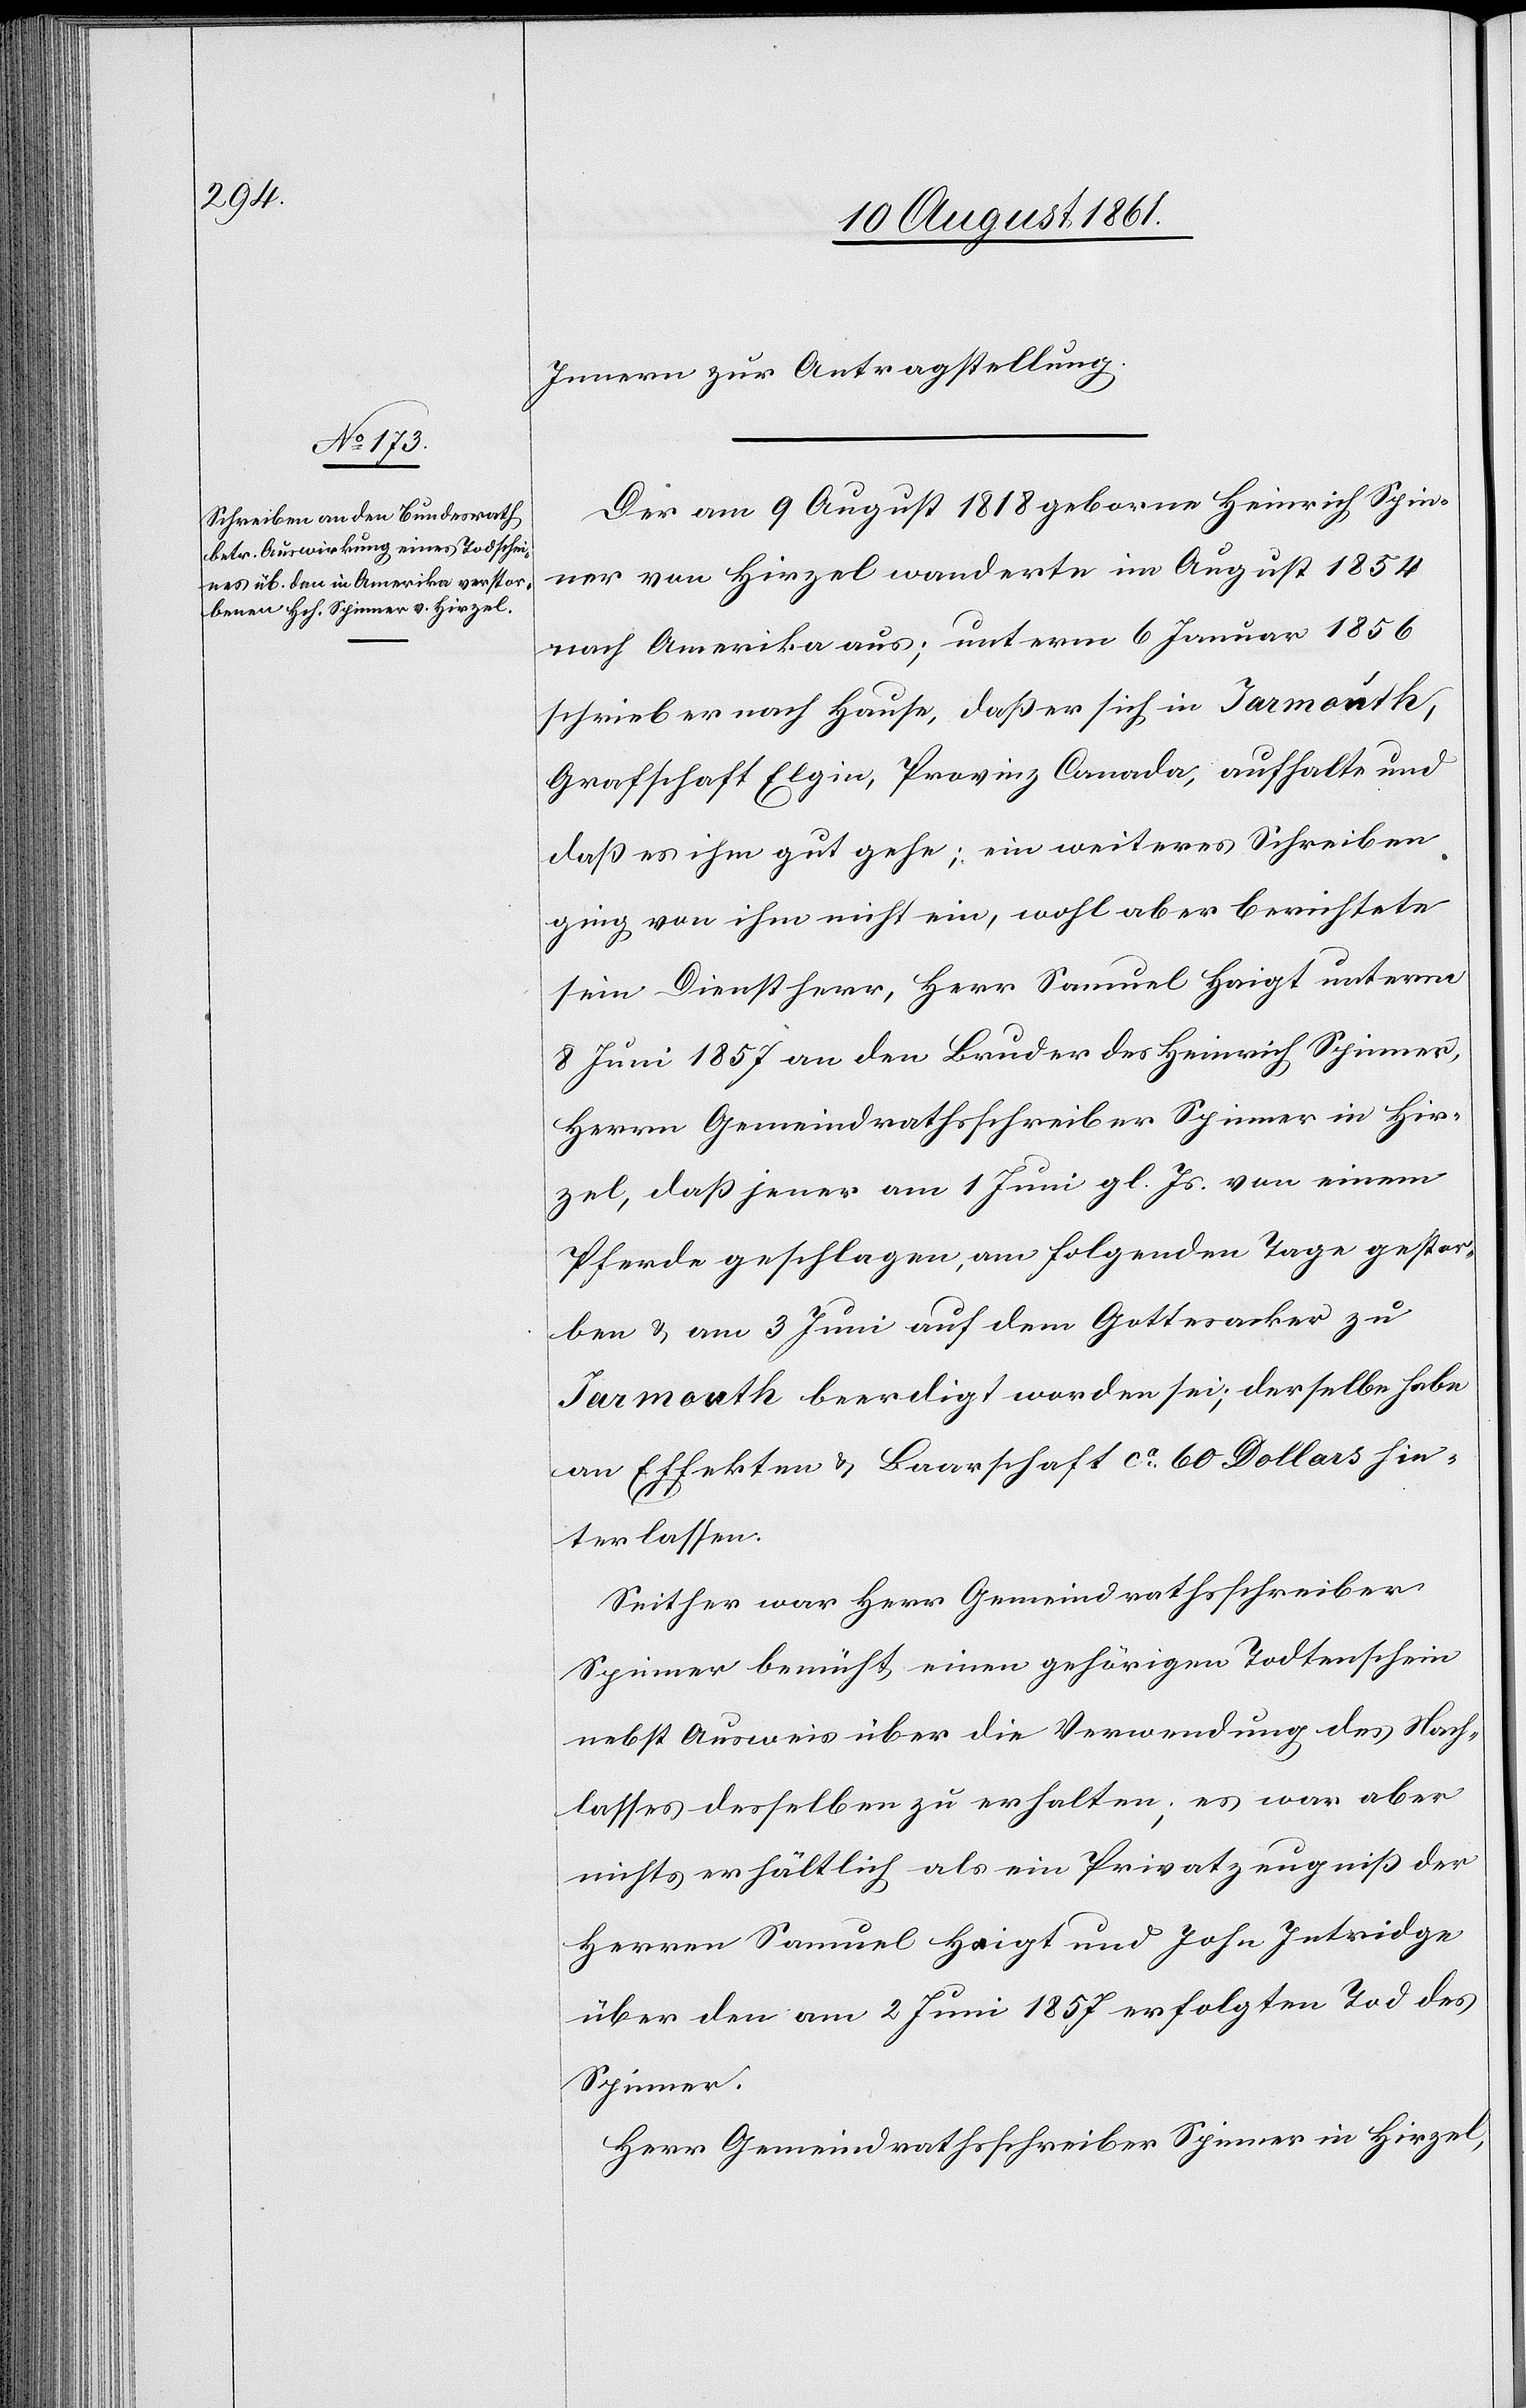
15 August 1861.]
Innern zur Antragstellung.
Der am 9 August 1818 geborne Heinrich Spin¬
ner von Hirzel wanderte im August 1854
nach Amerika aus; unterm 6 Januar 1856
schrieb er nach Hause, daß er sich in Jarmouth,
Grafschaft Elgin, Provinz Canada, aufhalte und
daß es ihm gut gehe, ein weiteres Schreiben
ging von ihm nicht ein, wohl aber berichtete
sein Dienstherr, Herr Samuel Haigt unterm
8 Juni 1857 an den Bruder des Heinrich Spinner,
Herrn Gemeindrathsschreiber Spinner in Hir¬
zel, daß jener am 1 Juni gl. Js. von einem
Pferde geschlagen, am folgenden Tage gestor¬
ben u. am 3 Juni auf dem Gottesacker zu
Jarmouth beerdigt worden sei; derselbe habe
an Effekten u. Baarschaft ca 60 Dollars hin¬
terlassen.
Seither war Herr Gemeindrathsschreiber
Spinner bemüht einen gehörigen Todtenschein
nebst Ausweis über die Verwendung des Nach¬
lasses desselben zu erhalten; es war aber
nichts erhältlich als ein Privatzeugniß der
Herrn Samuel Haigt und John Intridge
über den am 2 Juni 1857 erfolgten Tod des
Spinner.
Herr Gemeindrathsschreiber Spinner in Hirzel,